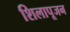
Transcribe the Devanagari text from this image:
शिलापूजन